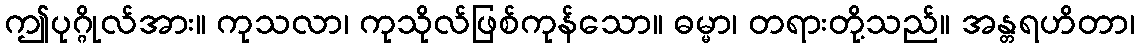
ဤပုဂ္ဂိုလ်အား။ ကုသလာ၊ ကုသိုလ်ဖြစ်ကုန်သော။ ဓမ္မာ၊ တရားတို့သည်။ အန္တရဟိတာ၊